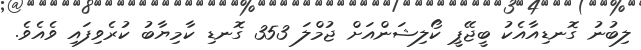
ލިބުނު ގޮނޑިއާއެކު ބީޖޭޕީ ކޯލިޝަންއަށް ޖުމްލަ 353 ގޮނޑި ކާމިޔާބު ކުރެވިފައި ވެއެވެ.